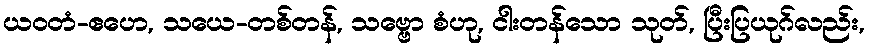
ယဝတံ-ဧဟေ, သယေ-တစ်တန်, သဗ္ဗော စံဟု, ငါးတန်သော သုတ်, ပြီးပြယုဂ်လည်း,